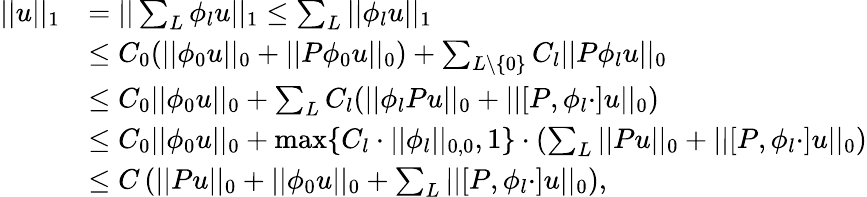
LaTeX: \begin{array}{rl}{||u||_{1}}&{=||\sum_{L}\phi_{l}u||_{1}\leq\sum_{L}||\phi_{l}u||_{1}}\\ &{\leq C_{0}(||\phi_{0}u||_{0}+||P\phi_{0}u||_{0})+\sum_{L\setminus\{ 0\} }C_{l}||P\phi_{l}u||_{0}}\\ &{\leq C_{0}||\phi_{0}u||_{0}+\sum_{L}C_{l}(||\phi_{l}Pu||_{0}+||\lbrack P,\phi_{l}\cdot\rbrack u||_{0})}\\ &{\leq C_{0}||\phi_{0}u||_{0}+\operatorname*{max}\{ C_{l}\cdot||\phi_{l}||_{0,0},1\} \cdot\left(\sum_{L}||Pu||_{0}+||[P,\phi_{l}\cdot]u||_{0}\right)}\\ &{\leq C\left(||Pu||_{0}+||\phi_{0}u||_{0}+\sum_{L}||\lbrack P,\phi_{l}\cdot\rbrack u||_{0}\right),}\end{array}